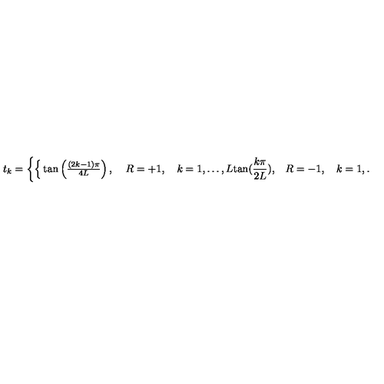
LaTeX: t _ { k } = \left\{ \begin{cases} { \tan \left( { \frac { ( 2 k - 1 ) \pi } { 4 L } } \right) , } & { \quad R = + 1 , \quad k = 1 , \ldots , L } \\ { \tan ( { \frac { k \pi } { 2 L } } ) , } & { \quad R = - 1 , \quad k = 1 , \ldots , L - 1 } \\ \end{cases} \right.